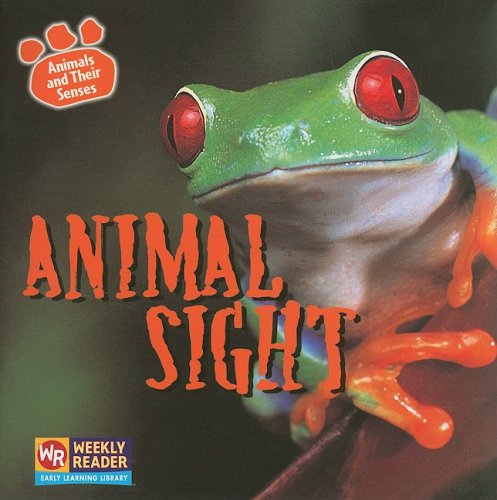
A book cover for Animal Sight (Animals and Their Senses); Kirsten Hall; Politics & Social Sciences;